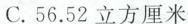
C.56.52立方厘米